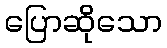
ပြောဆိုသော